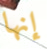
إنها